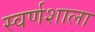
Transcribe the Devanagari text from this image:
स्वर्णशाला